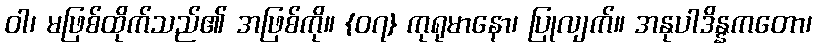
ဝါ၊ မဖြစ်ထိုက်သည်၏ အဖြစ်ကို။ {၀၇} ကုရုမာနော၊ ပြုလျက်။ အနုပါဒိန္နကတော၊